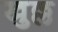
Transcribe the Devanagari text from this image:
खुल्ल